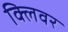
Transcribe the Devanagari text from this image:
क्लिवर